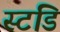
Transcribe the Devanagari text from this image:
स्टडि